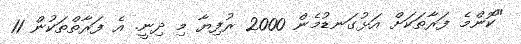
"ކޮންމެ ފަރާތަކަށް އަޅުގަނޑުމެން 2000 ރުފިޔާ މި ދިނީ. އެ ފަރާތްތަކުން 11